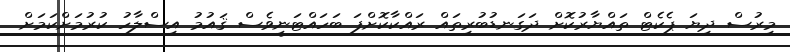
މިރުސް ދިޔަ ޕެކެޓް ތައްޔާރުކޮށް ދަގަނޑުބުރިތައް ރައްކާކޮށްފަ ބަހައްޓަނީވެސް ޤައުމު އިސްލާހު ކުރުމަށްކަމަށް